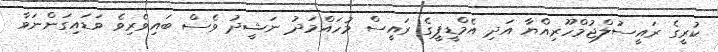
ކުރީގެ ރައީސުލްޖުމްހޫރިއްޔާ އަދި އެމްޑީޕީގެ ރައީސް މުހައްމަދު ނަޝީދު ވެސް ބައިވެރިވެ ވަޑައިގަންނަވާ